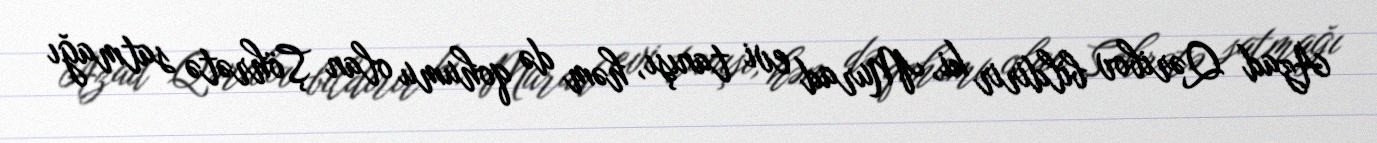
Azad Qəribov bildirir ki, Murad evi tanışı, həm də qohumu olan Şöhrətə satmağı